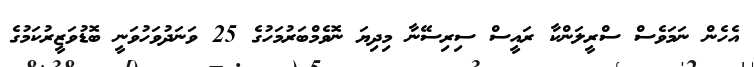
އެހެން ނަމަވެސް ސްރީލަންކާ ރައީސް ސިރިސޭނާ މިދިޔަ ނޮވެމްބަރުމަހުގެ 25 ވަނަދުވަހުވަނީ ބޮޑުވަޒީރުކަމުގެ